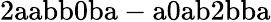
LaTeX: \mathrm{2aabb0ba-a0ab2bba}